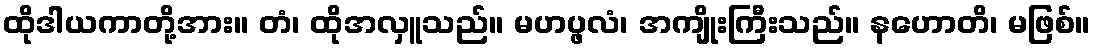
ထိုဒါယကာတို့အား။ တံ၊ ထိုအလှူသည်။ မဟပ္ဖလံ၊ အကျိုးကြီးသည်။ နဟောတိ၊ မဖြစ်။